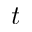
t